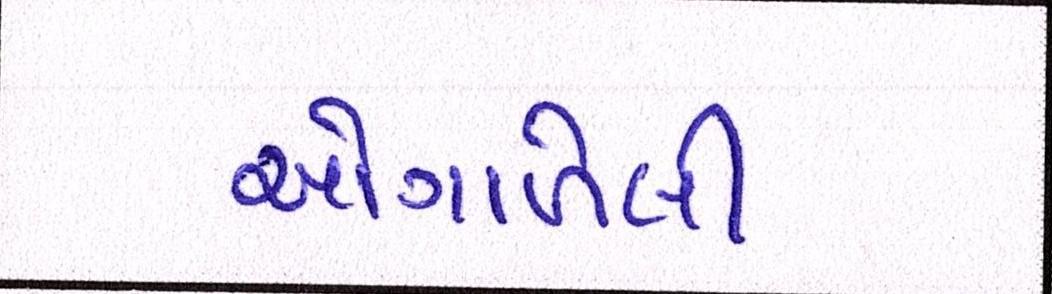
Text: ઓગાળેલી